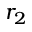
r _ { 2 }